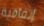
إتفاقية